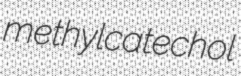
methylcatechol